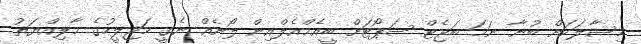
މިސާލަކަށް ބުނާ ނަމަ ބަޖެޓް ސަޕޯޓަށް ބީއެމްއެލްއިން ލޯނެއް ނެގީ މަޖިލީހުގެ މާލިއްޔަތު